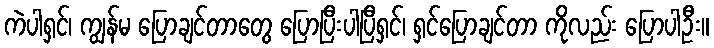
ကဲပါရှင်၊ ကျွန်မ ပြောချင်တာတွေ ပြောပြီးပါပြီရှင်၊ ရှင်ပြောချင်တာ ကိုလည်း ပြောပါဦး။